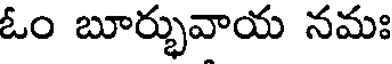
ఓం బూర్భువాయ నమః